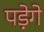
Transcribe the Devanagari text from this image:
पडे़गे